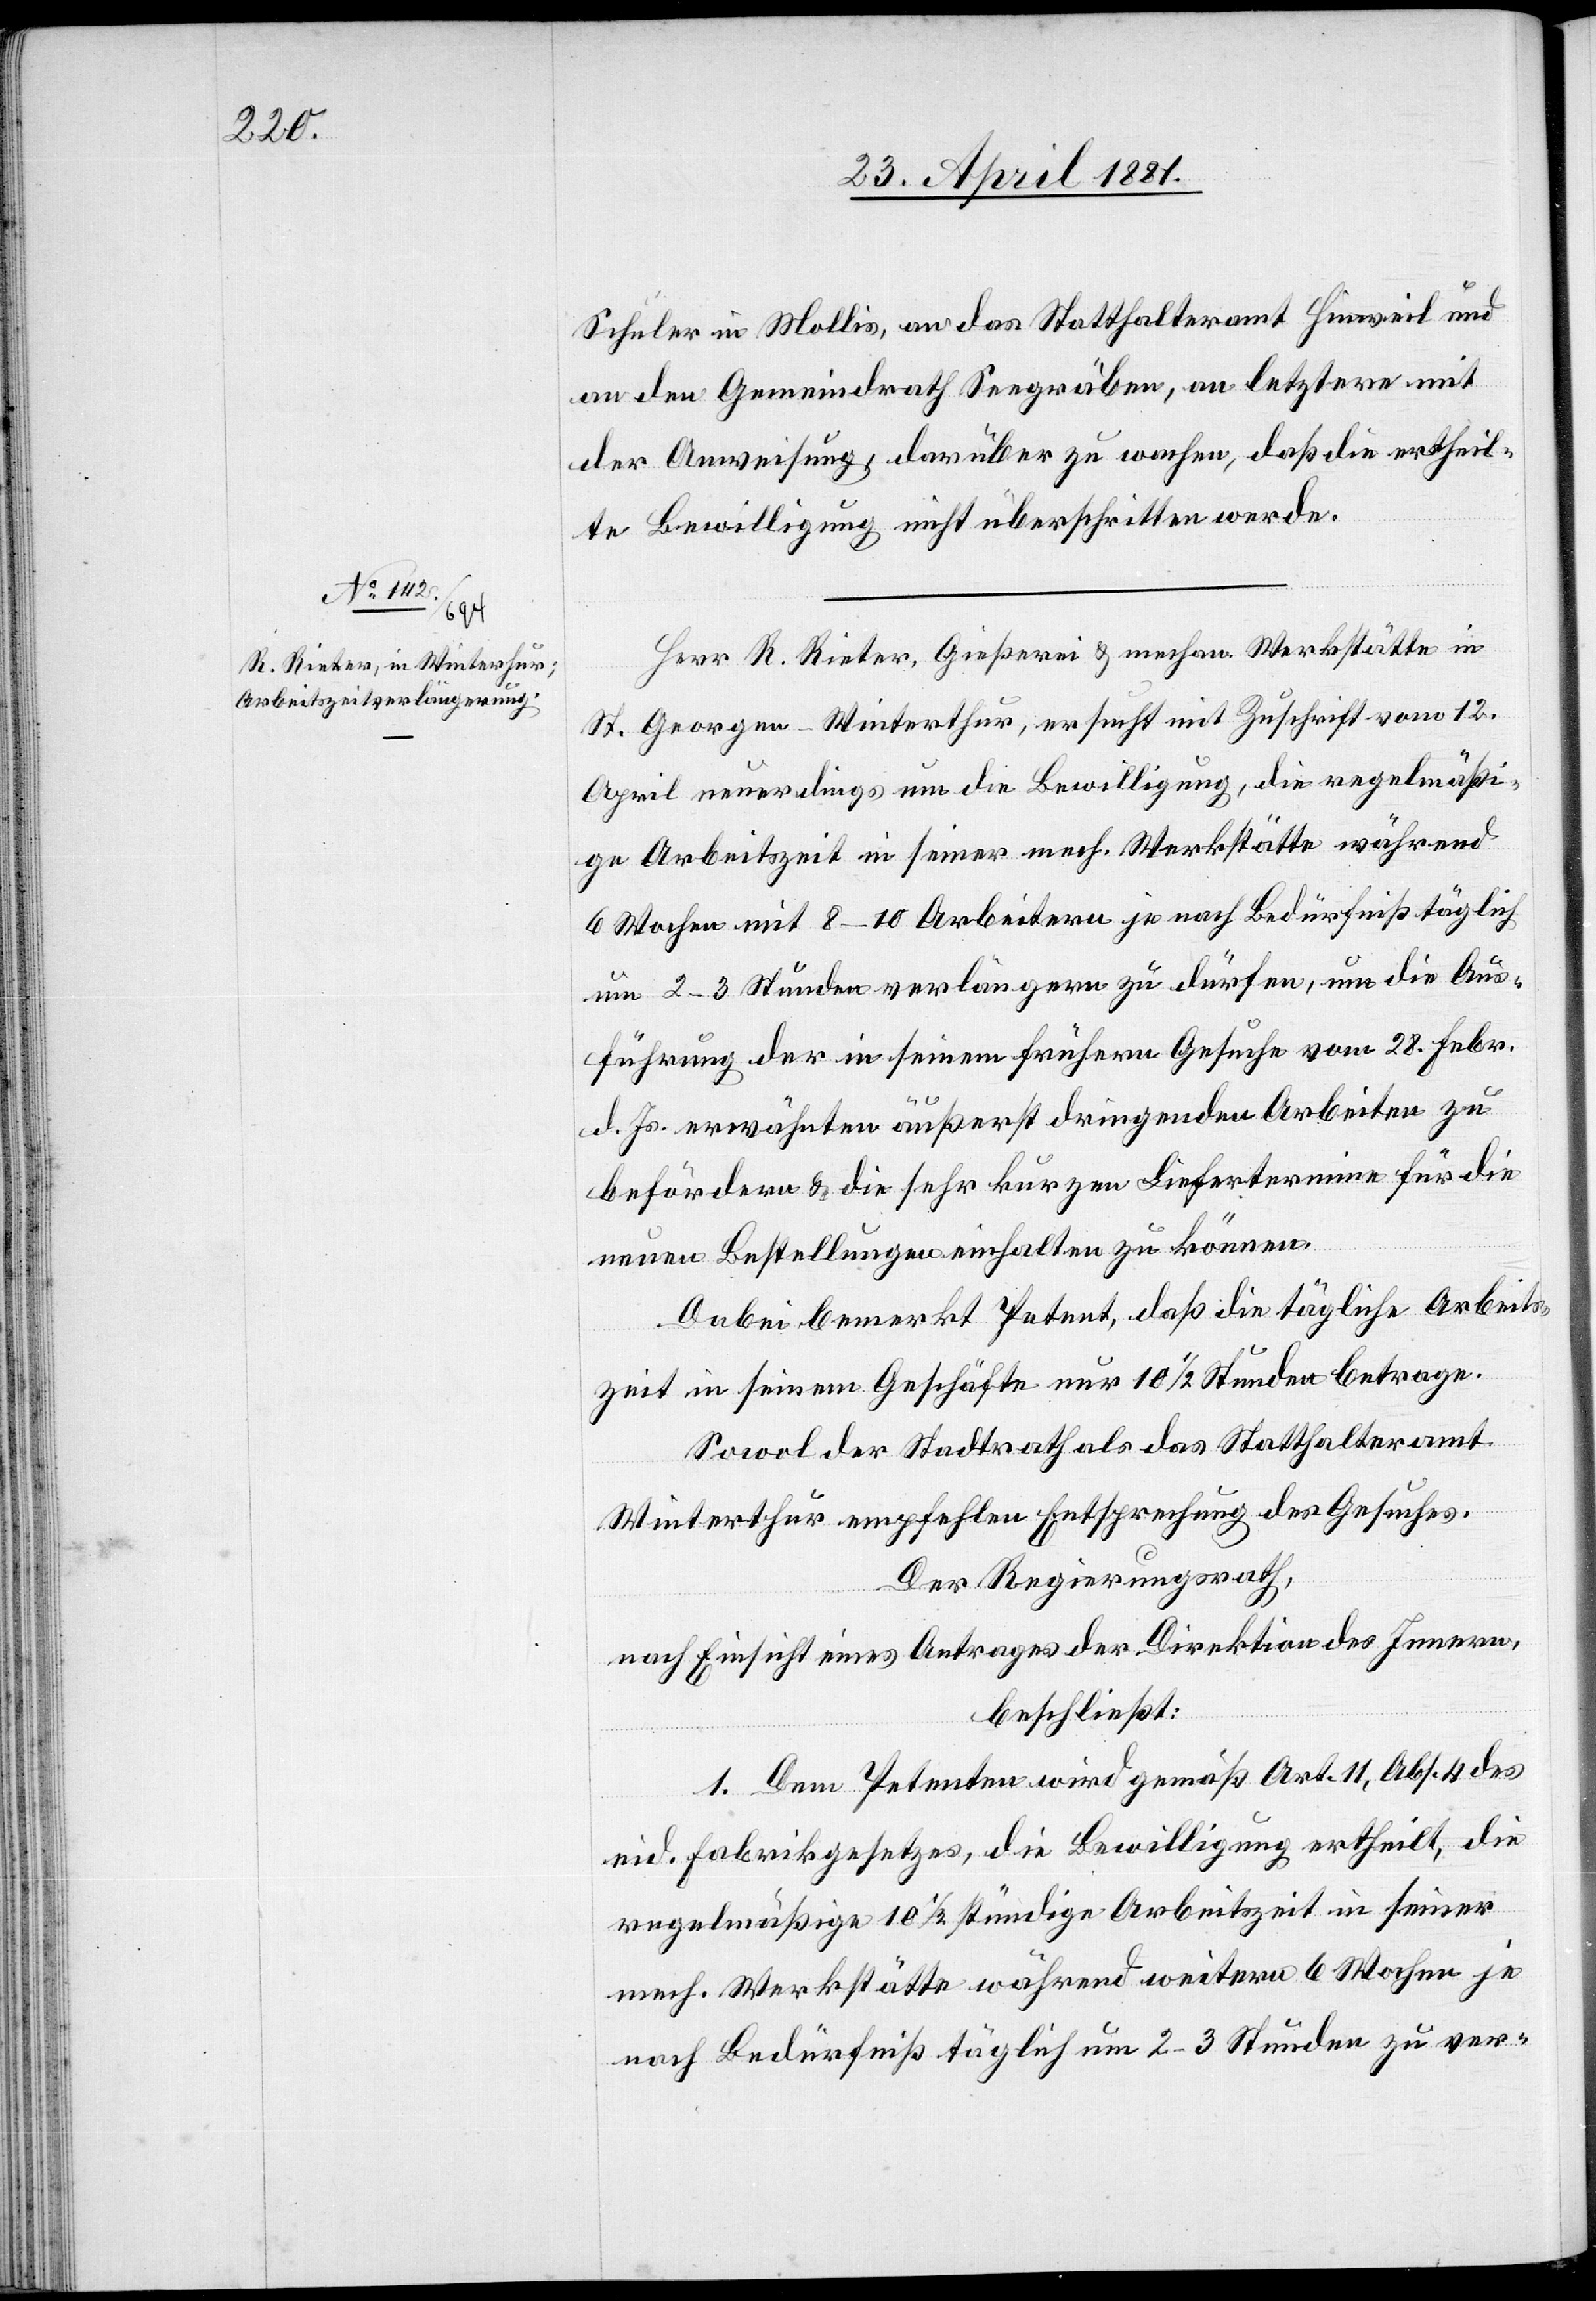
Schuler in Mollis, an das Statthalteramt Hinweil und
an den Gemeindrath Seegräben, an letztere mit
der Anweisung, darüber zu wachen, daß die ertheil¬
te Bewilligung nicht überschritten werde.
Herr. R. Rieter, Gießerei & mechan. Werkstätten in
St. Georgen - Winterthur, ersucht mit Zuschrift vom 12.
April neuerdings um die Bewilligung, die regelmäßi¬
ge Arbeitszeit in seiner mech. Werkstätte während
6 Wochen mit 8–10 Arbeitern je nach Bedürfniß täglich
um 2–3 Stunden verlängern zu dürfen, um die Aus¬
führung der in seinem frühern Gesuche vom 28. Febr.
d. Js. erwähnten äußerst dringenden Arbeiten zu
befördern & die sehr kurzen Liefertermine für die
neuen Bestellungen einhalten zu können.
Anbei bemerkt Petent, daß die tägliche Arbeits¬
zeit in seinem Geschäfte nur 10 1/2 Stunden betrage.
Sowol der Stadtrath als das Statthalteramt
Winterthur empfehlen Entsprechung des Gesuchs.
Der Regierungsrath,
nach Einsicht eines Antrages der Direktion des Innern,
beschießt:
1. Dem Petenten wird gemäß Art. 11, Abs. 4 des
eid. Fabrikgesetzes, die Bewilligung ertheilt, die
regelmäßige 10 1/2 stündige Arbeitszeit in seiner
mech. Werkstätte während weitern 6 Wochen je
nach Bedürfniß täglich um 2–3 Stunden zu ver-